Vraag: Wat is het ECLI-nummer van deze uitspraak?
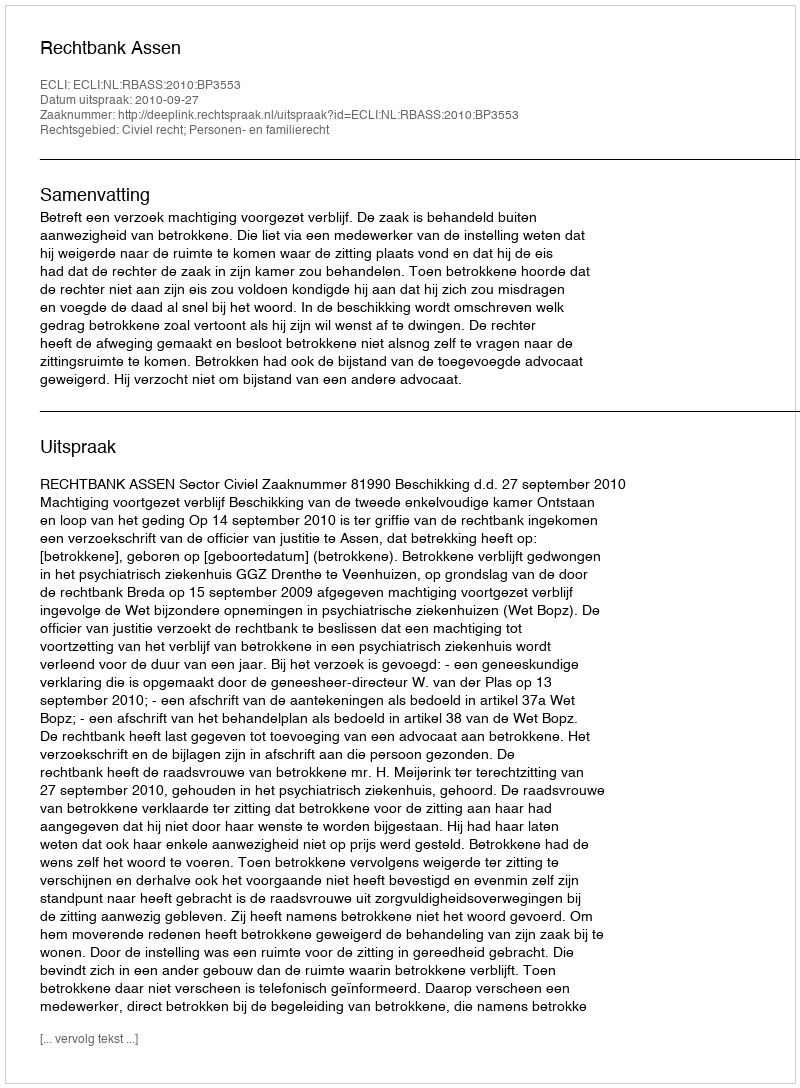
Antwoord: ECLI:NL:RBASS:2010:BP3553